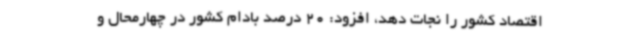
اقتصاد کشور را نجات دهد، افزود: 20 درصد بادام کشور در چهارمحال و